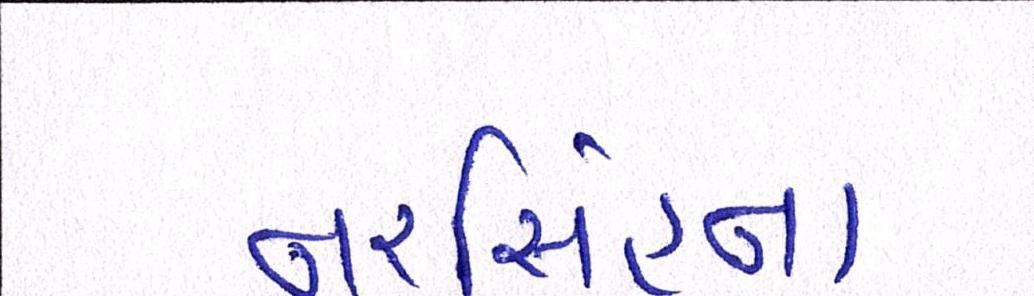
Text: નરસિંહના